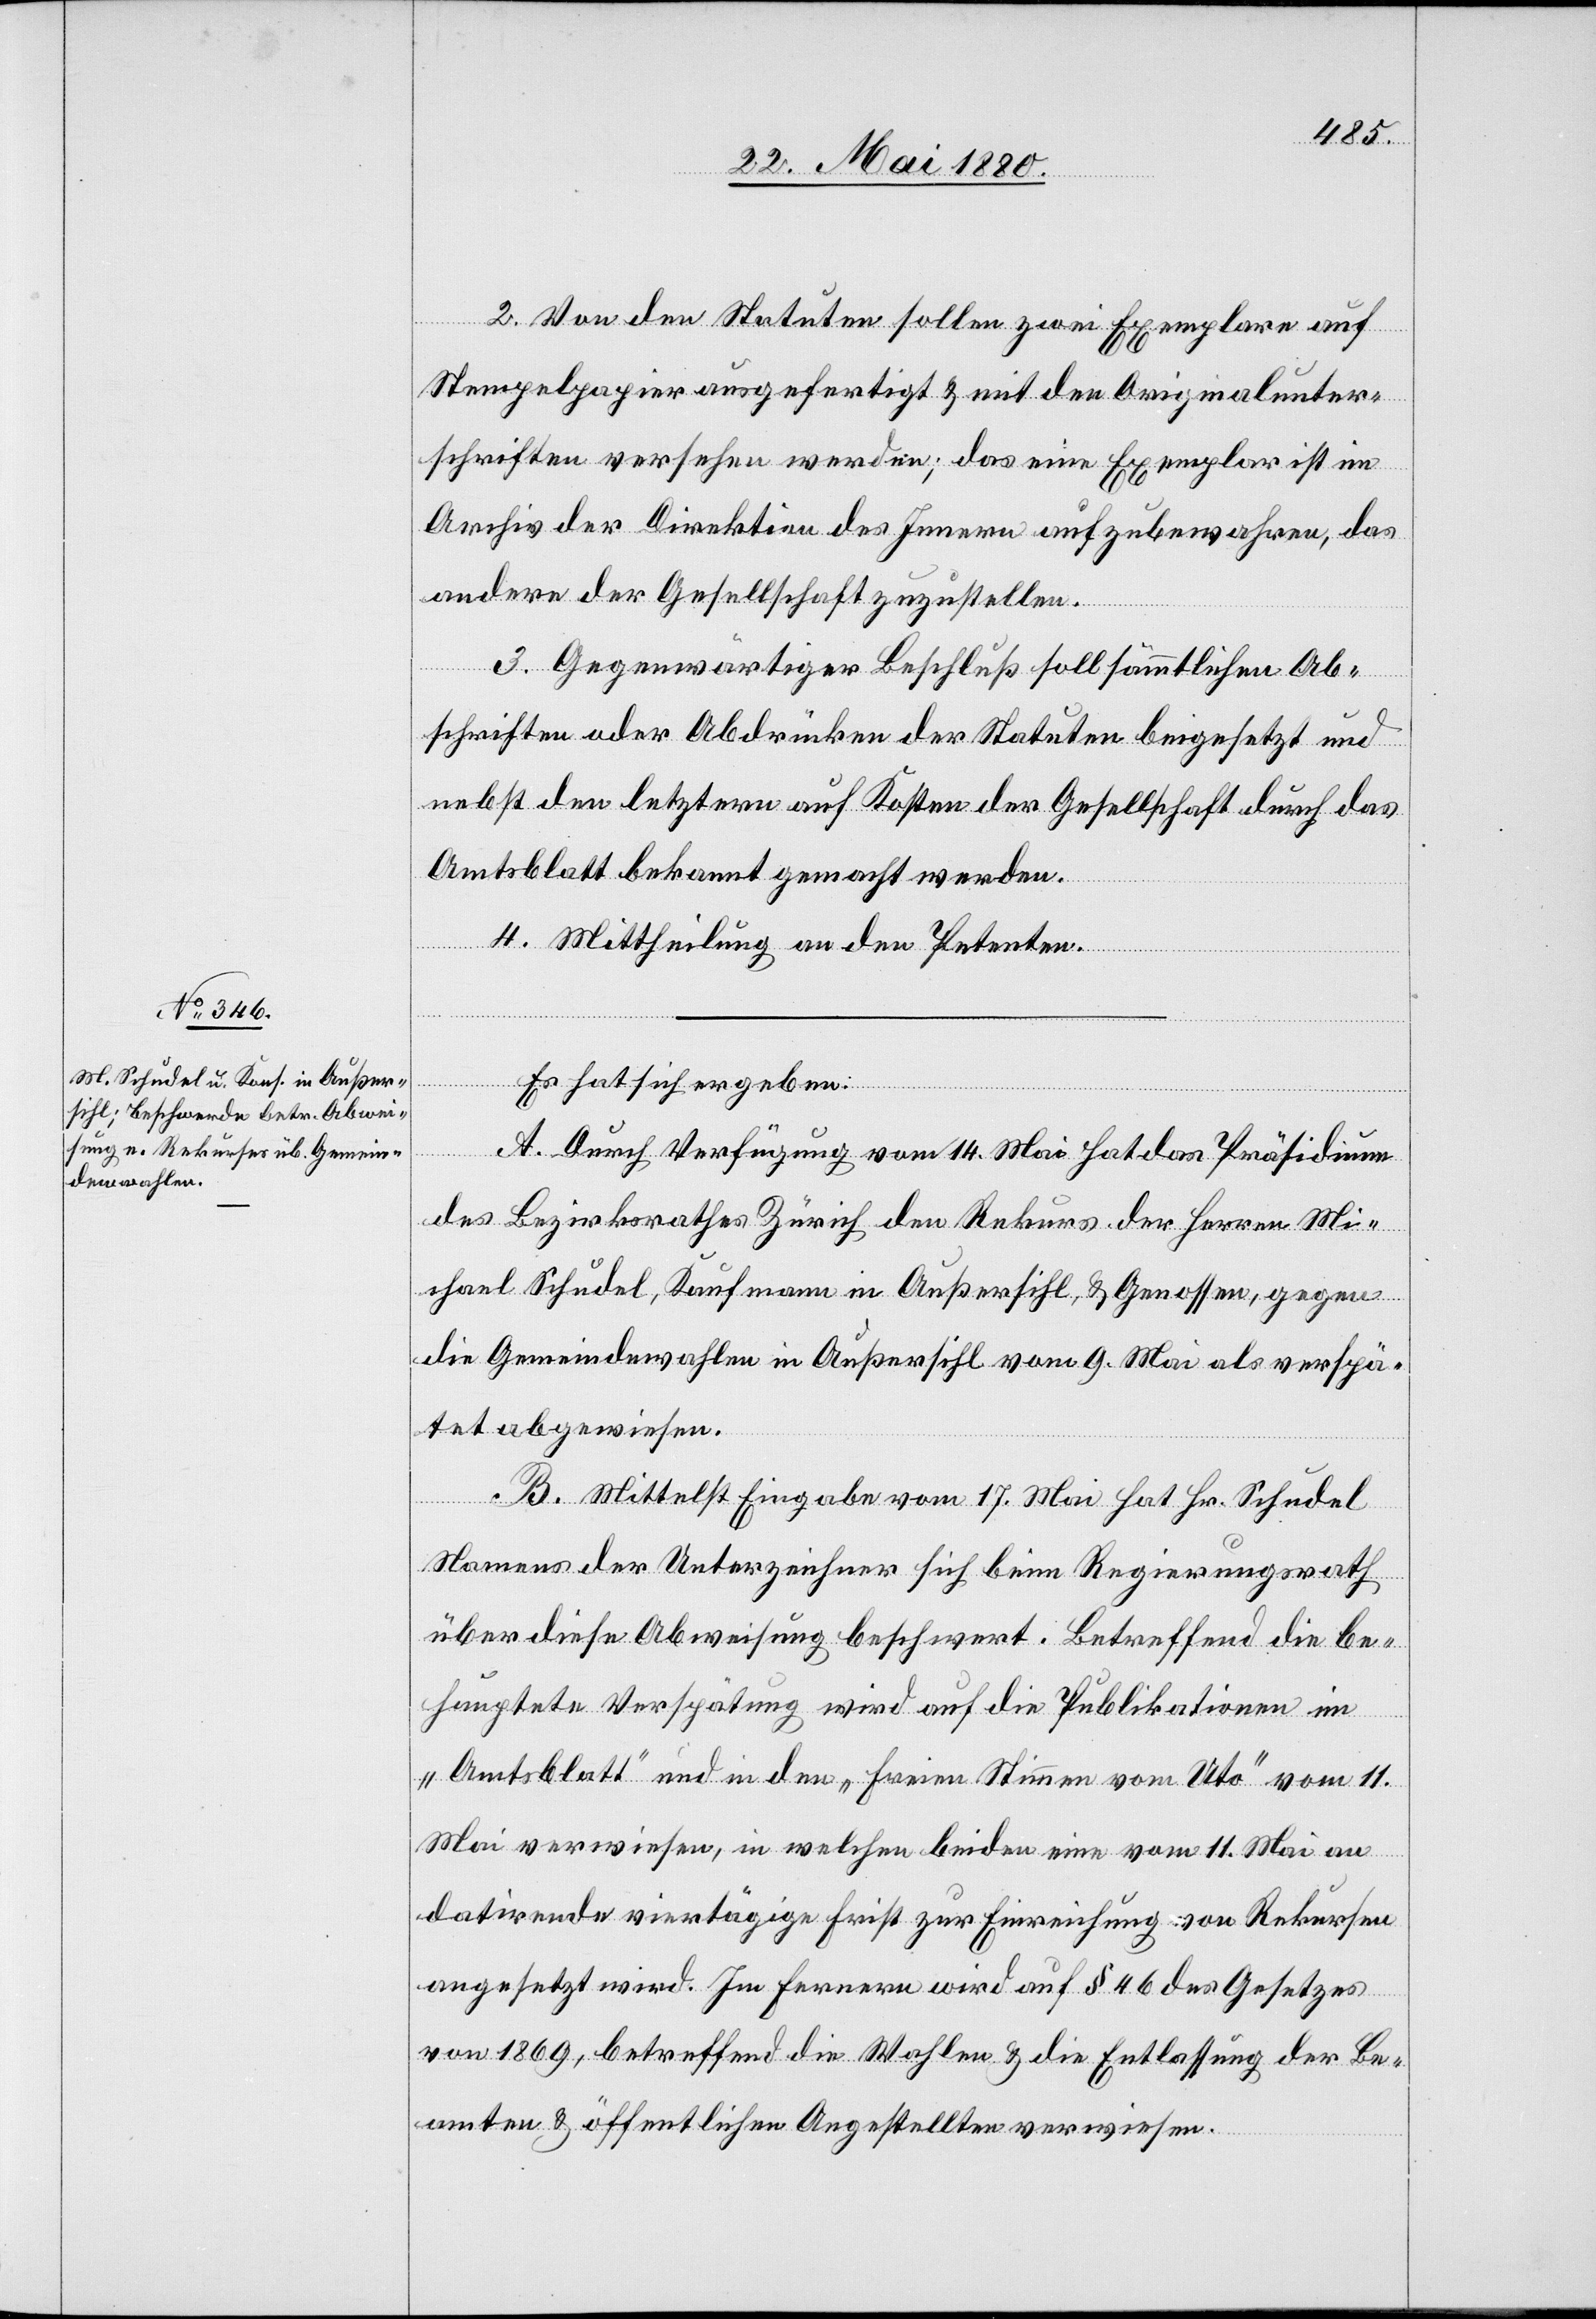
2. Von den Statuten sollen zwei Exemplare auf
Stempelpapier ausgefertigt & mit den Originalunter¬
schriften versehen werden; das eine Exemplar ist im
Archiv der Direktion des Innern aufzubewahren, das
andere der Gesellschaft zuzustellen.
3. Gegenwärtiger Beschluß soll sämmtlichen Ab¬
schriften oder Abdrücken der Statuten beigesetzt und
nebst den letztern auf Kosten der Gesellschaft durch das
Amtsblatt bekannt gemacht werden.
4. Mittheilung an den Petenten.
Es hat sich ergeben:
A. Durch Verfügung vom 14. Mai hat das Präsidium
des Bezirksrathes Zürich den Rekurs der Herren Mi¬
chael Schudel, Kaufmann in Außersihl, & Genossen, gegen
die Gemeindewahlen in Außersihl vom 9. Mai als verspä¬
tet abgewiesen.
B. Mittelst Eingabe vom 17. Mai hat Hr. Schudel
Namens der Unterzeichner sich beim Regierungsrath
über diese Abweisung beschwert. Betreffend die be¬
hauptete Verspätung wird auf die Publikationen im
„Amtsblatt“ und in den „freien Stimmen vom Uto“ vom 11.
Mai verwiesen, in welchen beiden eine vom 11. Mai an
datirende viertägige Frist zur Einreichung von Rekursen
angesetzt wird. Im Fernern wird auf § 46 des Gesetzes
von 1869, betreffend die Wahlen & die Entlassung der Be¬
amten & öffentlichen Angestellten verwiesen.